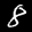
Label: 8